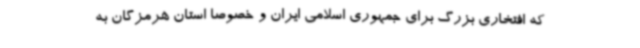
که افتخاری بزرگ برای جمهوری اسلامی ایران و خصوصاً استان هرمزگان به